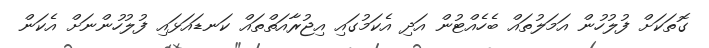
ގޮތަކަށް ފުލުހުން އަމަލުތައް ބެހެއްޓުން އަދި އެކަމުގައި އިޖުރާއަތްތައް ކަނޑައަޅައި ފުލުހުންނަށް އެކަން